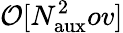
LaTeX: \mathcal{O}[N_{\mathrm{aux}}^{2}ov]